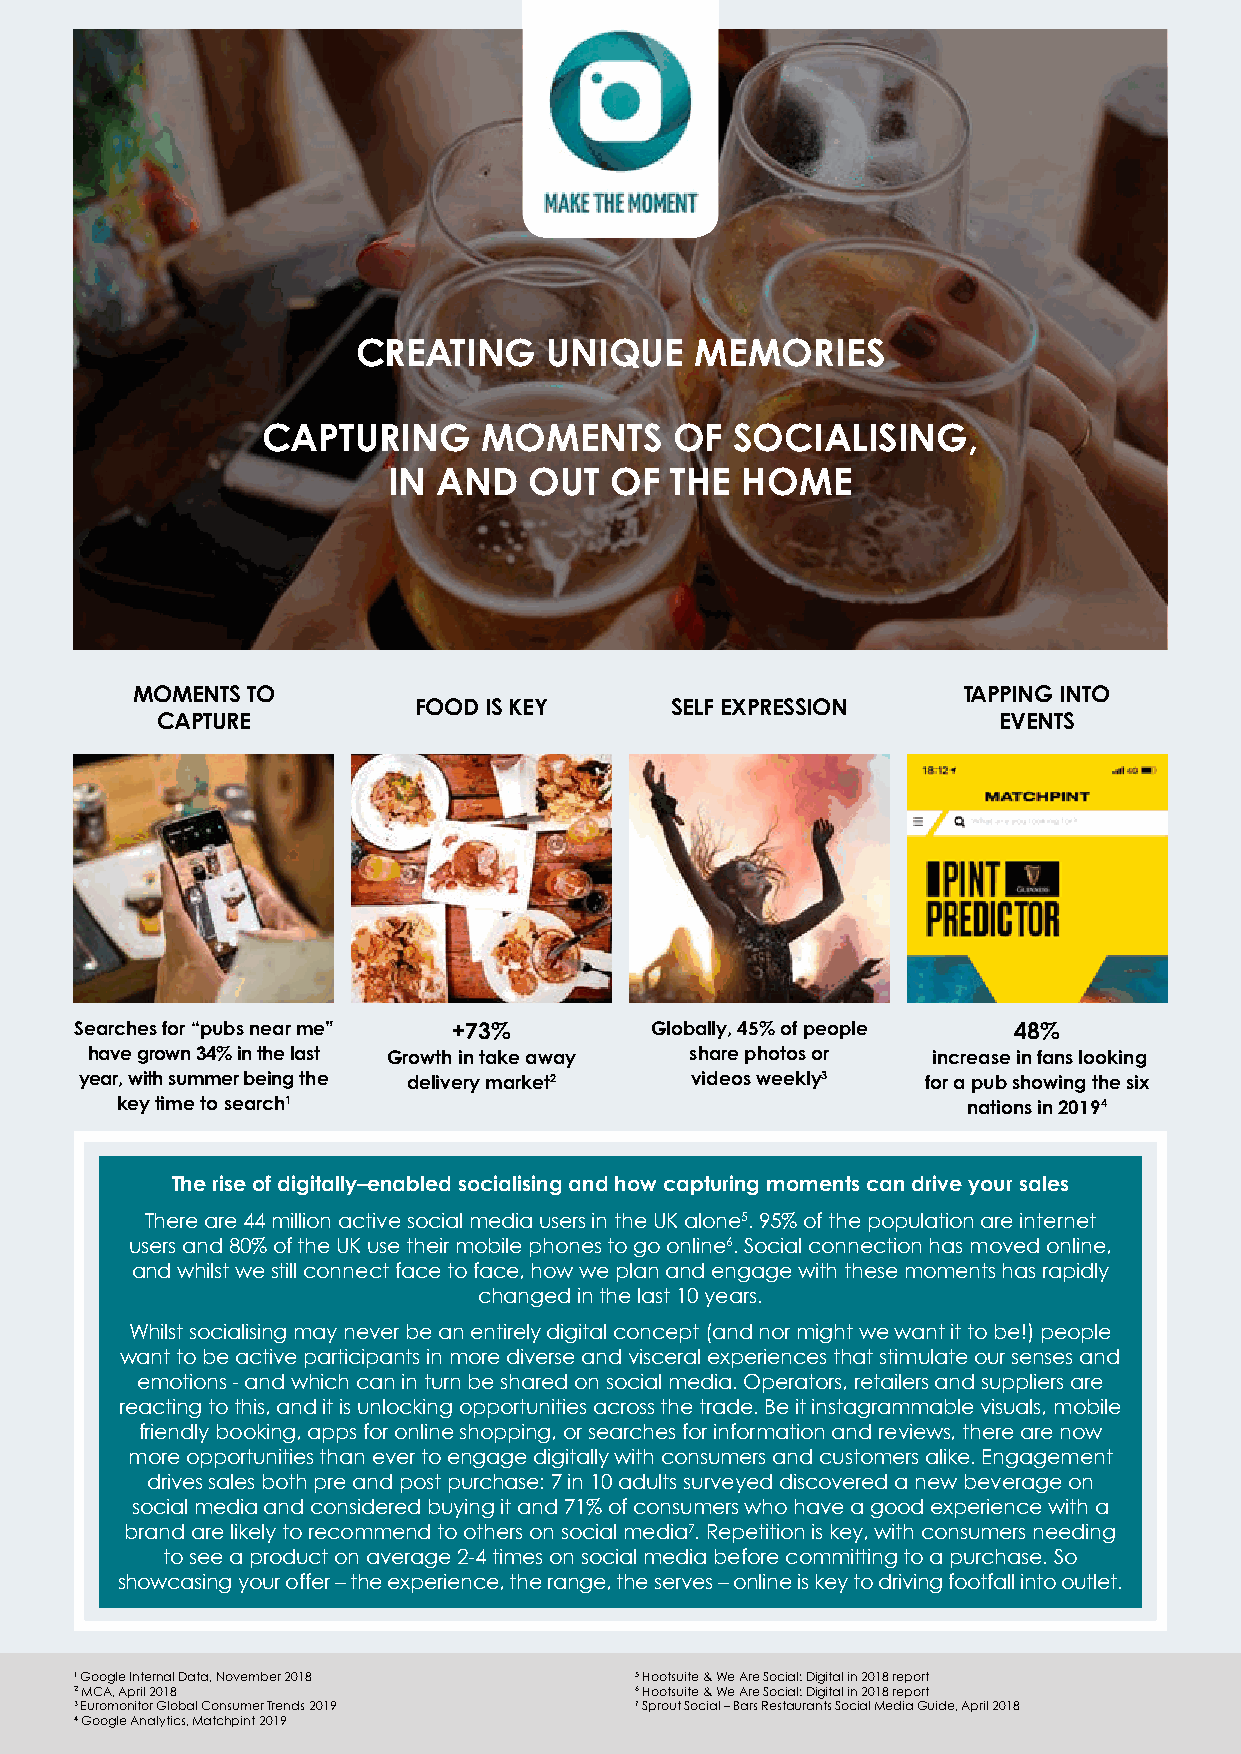
CREATING    UNIQUE    MEMORIES
 CAPTURING      MOMENTS      OF  SOCIALISING,
 IN AND   OUT  OF  THE  HOME
 MOMENTS TO                                             TAPPING INTO
 FOOD IS KEY      SELF EXPRESSION
 CAPTURE                                                 EVENTS
 Searches for “pubs near me” +73%      Globally, 45% of people 48%
 have grown 34% in the last Growth in take away share photos or increase in fans looking
 year, with summer being the delivery market2 videos weekly3 for a pub showing the six
 key time to search1                                     nations in 20194
 The rise of digitally–enabled socialising and how capturing moments can drive your sales
 There are 44 million active social media users in the UK alone5. 95% of the population are internet
 users and 80% of the UK use their mobile phones to go online6. Social connection has moved online,
 and whilst we still connect face to face, how we plan and engage with these moments has rapidly
 changed in the last 10 years.
 Whilst socialising may never be an entirely digital concept (and nor might we want it to be!) people
 want to be active participants in more diverse and visceral experiences that stimulate our senses and
 emotions - and which can in turn be shared on social media. Operators, retailers and suppliers are
 reacting to this, and it is unlocking opportunities across the trade. Be it instagrammable visuals, mobile
 friendly booking, apps for online shopping, or searches for information and reviews, there are now
 more opportunities than ever to engage digitally with consumers and customers alike. Engagement
 drives sales both pre and post purchase: 7 in 10 adults surveyed discovered a new beverage on
 social media and considered buying it and 71% of consumers who have a good experience with a
 brand are likely to recommend to others on social media7. Repetition is key, with consumers needing
 to see a product on average 2-4 times on social media before committing to a purchase. So
 showcasing your offer – the experience, the range, the serves – online is key to driving footfall into outlet.
 1 G oogle Internal Data, November 2018 5 Hootsuite & We Are Social: Digital in 2018 report
 2 MCA, April 2018                    6 Hootsuite & We Are Social: Digital in 2018 report
 3 Euromonitor Global Consumer Trends 2019 7 Sprout Social – Bars Restaurants Social Media Guide, April 2018
 4 Google Analytics, Matchpint 2019